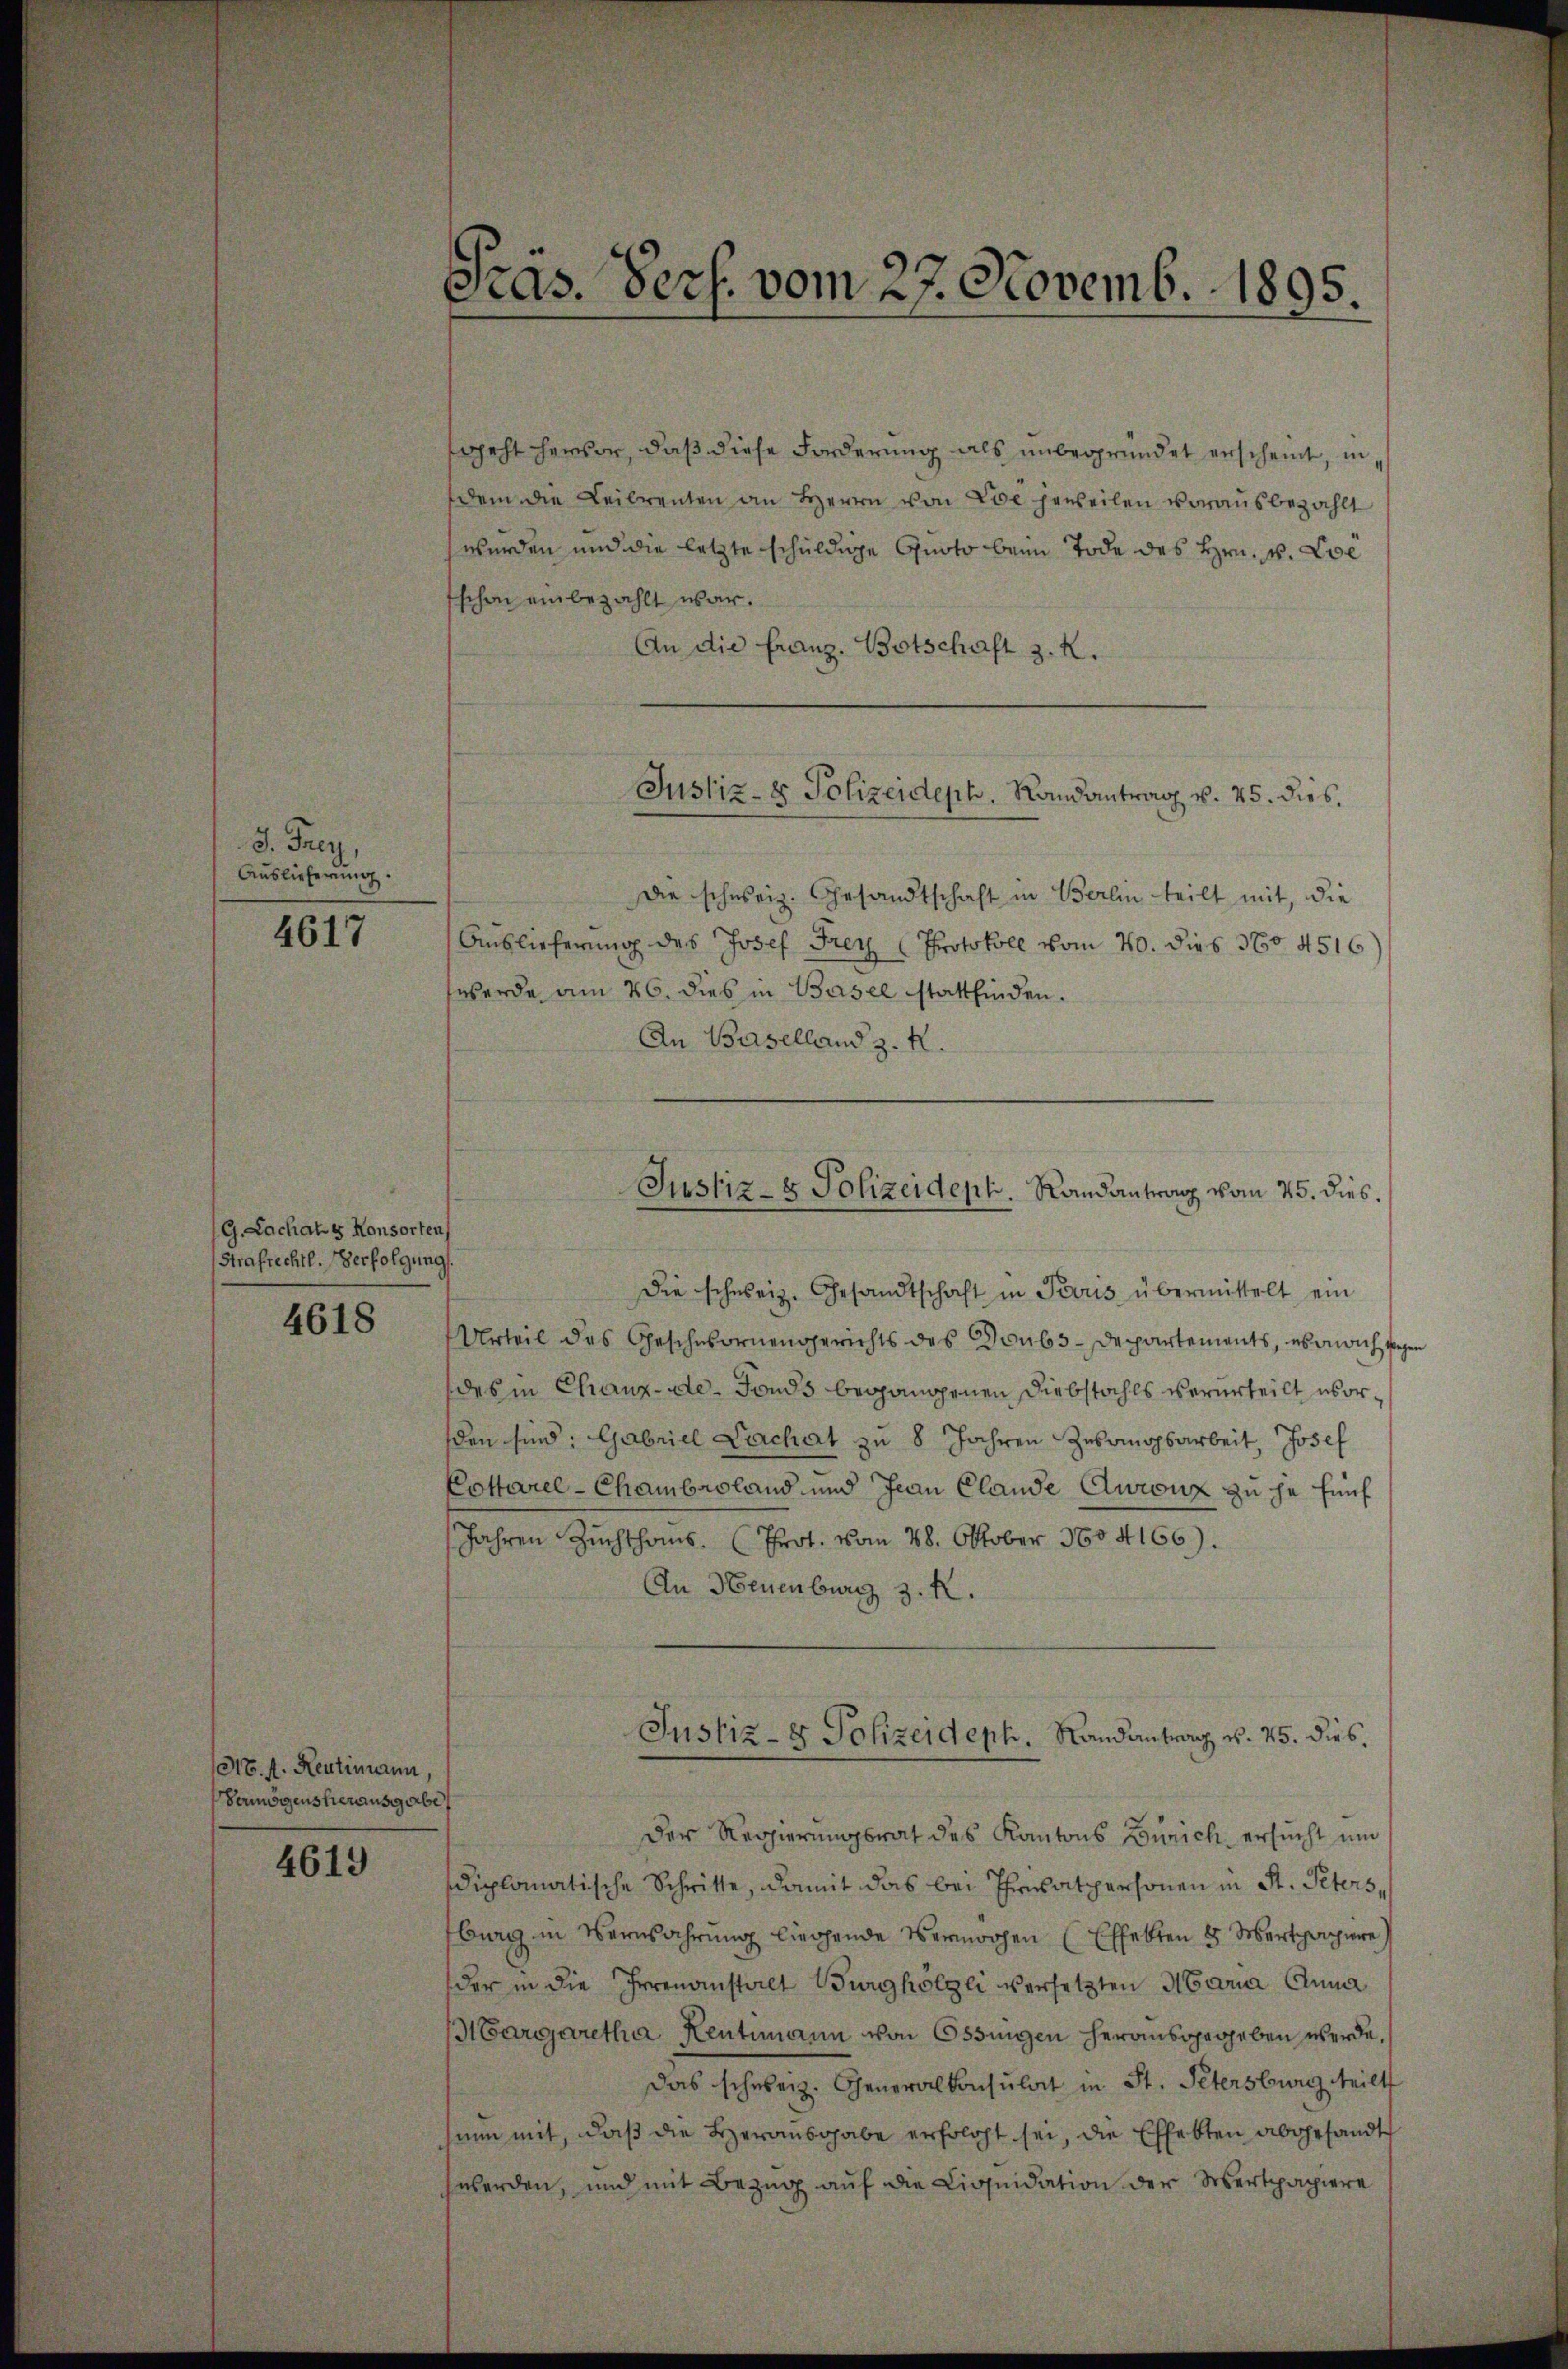
J. Frey
Auslieferung.

4617

G. Lachals Konsorten
Strafrechtl. Verfolgung.

4618

NB. f. Rentimann,
Vermögensherausgabe

4619

Präs. Pers. vom 27. Novemb. 1895.

ggeht hervor, daß diese Forderung als unbegründet erscheint, indem die Leibrenten an Herrn von Die jeweilen vorausbezahlt
werden und die letzte schuldige Quoto beim Tode des Hrn. v. Loe
schon einbezahlt war.
An die Franz. Botschaft z. R.
Die schweiz. Gesandtschaft in Berlin teilt mit, die
Auslieferung des Josef Frey Protokoll vom 20. dies 370 4516
werde am 26. dies in Basel stattfinden.
An Baselland z. R.
Die schweiz. Gesandtschaft in Paris übermittelt ein
Urteil des Geschwornengerichts des Soubs-Departements, es anrich seh
des in Chaux-de-Fonds begangenen Diebstahls verurteilt worden sind: Gabriel Larchat zu 8 Jahren Zwangsarbeit, Josef
Cottarel-Chambroland und Jean Clande Eurenz zu je fünf
Jahren Zuchthoms. (Throt. vom 28. Oktober 1804166).
An Neuenburg z. K.
Justiz- & Polizeideph. Landantrag v. 25. dies,
Der Regierungsrat des Kantons Zürich, ersucht und
diplomatische Schritte, damit das bei Privatpersonen in St. Petersburg in Vernahrung liegende Vermögen (Effekten 8 Mertpapiere
der in die Irrenanstalt Burghölzli versetzten Maria Anna
Margaretha Rentimann von Ossingen herausgegeben werde.
Das schweiz. Generalkonsulat in St. Petersburg teilt
hinn mit, daß die Herausgabe erfolgt sei, die Effekten abgesandt
werden, und mit Bezug auf die Liquidation der Wertpapiere

Justiz- & Polizeideph. Randantrag v. 25. dies.

Justiz- & Polizeideph. Randantrag vom 25. dies